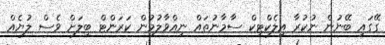
ގޭގައި ބޭނުން ނުކުރާ އިލެކްޓިކް ސާމާނުތައް ނިއްވާލުމުން ކަރަންޓް ބިލަށް ވެސް ލުޔެއް